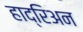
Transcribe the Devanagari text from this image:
हाद्रिअन